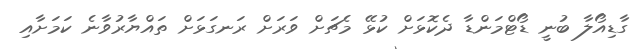
ގާޑިއޯލާ ބުނީ ޑޯޓްމަންޑާ ދެކޮޅަށް ކުޅޭ މެޗަށް ވަރަށް ރަނގަޅަށް ތައްޔާރުވާނެ ކަމަށާއި